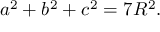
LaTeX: a ^ { 2 } + b ^ { 2 } + c ^ { 2 } = 7 R ^ { 2 } .